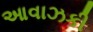
આવાઝકી